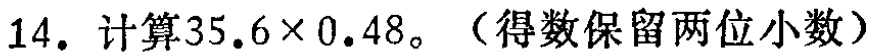
14. 计算\(35.6\times0.48\)。（得数保留两位小数）